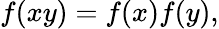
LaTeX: f(xy)=f(x)f(y),